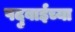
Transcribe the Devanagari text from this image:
पदुबाईच्या